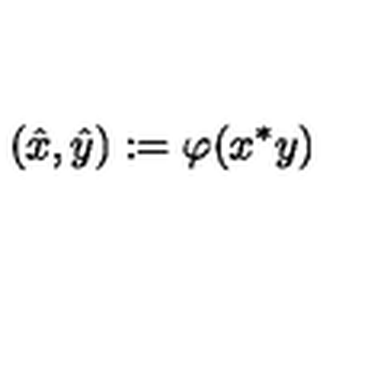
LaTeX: \left( \hat { x } , \hat { y } \right) : = \varphi ( x ^ { * } y )